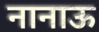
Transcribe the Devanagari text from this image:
नानाऊ